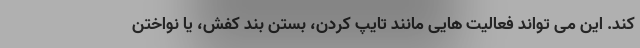
کند. این می تواند فعالیت هایی مانند تایپ کردن، بستن بند کفش، یا نواختن